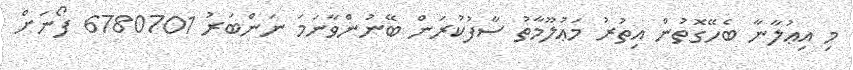
މި އިޢުލާނާ ބެހޭގޮތުން އިތުރު މަޢުލޫމާތު ސާފުކުރަން ބޭނުންވާނަމަ ނަންބަރު 6780701 ފޯނަށް